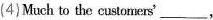
(4)Much to the customers'___,